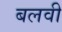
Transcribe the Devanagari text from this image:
बलवी